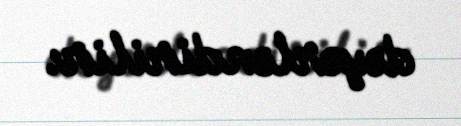
dəyərləndirilir.